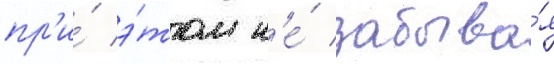
пр'и́ э́том н'е́ забыва́я